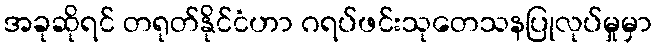
အခုဆိုရင် တရုတ်နိုင်ငံဟာ ဂရပ်ဖင်းသုတေသနပြုလုပ်မှုမှာ